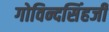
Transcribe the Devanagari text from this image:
गोविन्दसिंहजी